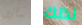
سأرى لذلك